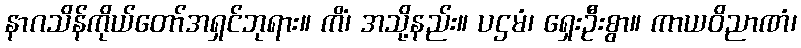
နာဂသိန်ကိုယ်တော်အရှင်ဘုရား။ ကိံ၊ အသို့နည်း။ ပဌမံ၊ ရှေးဦးစွာ။ ကာယဝိညာဏံ၊